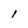
Character: 1